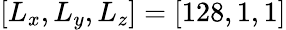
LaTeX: [L_{x},L_{y},L_{z}]=[128,1,1]